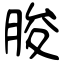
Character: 朘